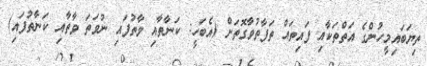
ތިޔަބައިމީހުންގެ އަތްތަކާއި ފައިތައް ތަފާތުވާގޮތަށް (އެބަހީ: ކަނާތާއި ވާތުފައި ނުވަތަ ވާތާއި ކަނާތުފައި)